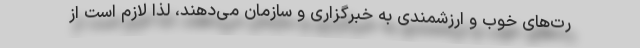
رت‌های خوب و ارزشمندی به خبرگزاری و سازمان می‌دهند، لذا لازم است از